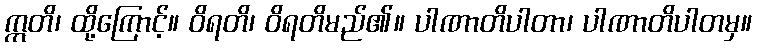
ဣတိ၊ ထို့ကြောင့်။ ဝိရတိ၊ ဝိရတိမည်၏။ ပါဏာတိပါတာ၊ ပါဏာတိပါတမှ။